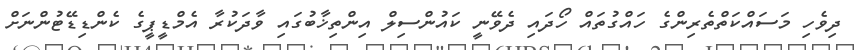
ދިވެހި މަސައްކަތްތެރިންގެ ހައްގުތައް ހޯދައި ދެވޭނީ ކައުންސިލް އިންތިޚާބުގައި ވާދަކުރާ އެމްޑީޕީގެ ކެންޑިޑޭޓުންނަށް